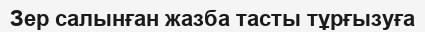
Зер салынған жазба тасты тұрғызуға